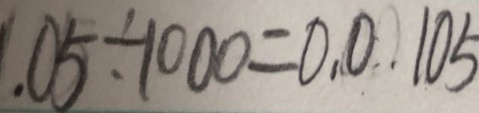
1 . 0 5 \div 1 0 0 0 = 0 . 0 1 0 5